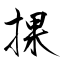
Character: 捰